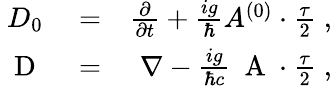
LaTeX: \begin{array}{rlr}{D_{0}}&{{}=}&{\frac{\partial}{\partial t}+\frac{ig}{\hbar}A^{(0)}\cdot\frac{\tau}{2}\; ,}\\ {\mathrm{~\mathbf~D~}}&{{}=}&{\nabla-\frac{ig}{\hbar c}\mathrm{~\mathbf~A~}\cdot\frac{\tau}{2}\; ,}\end{array}